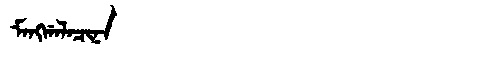
Manchu: ᠮᠠᠩᡤᠠᠯᠠᠴᡳᠨᠠ
Romanization: MANGGALACINA